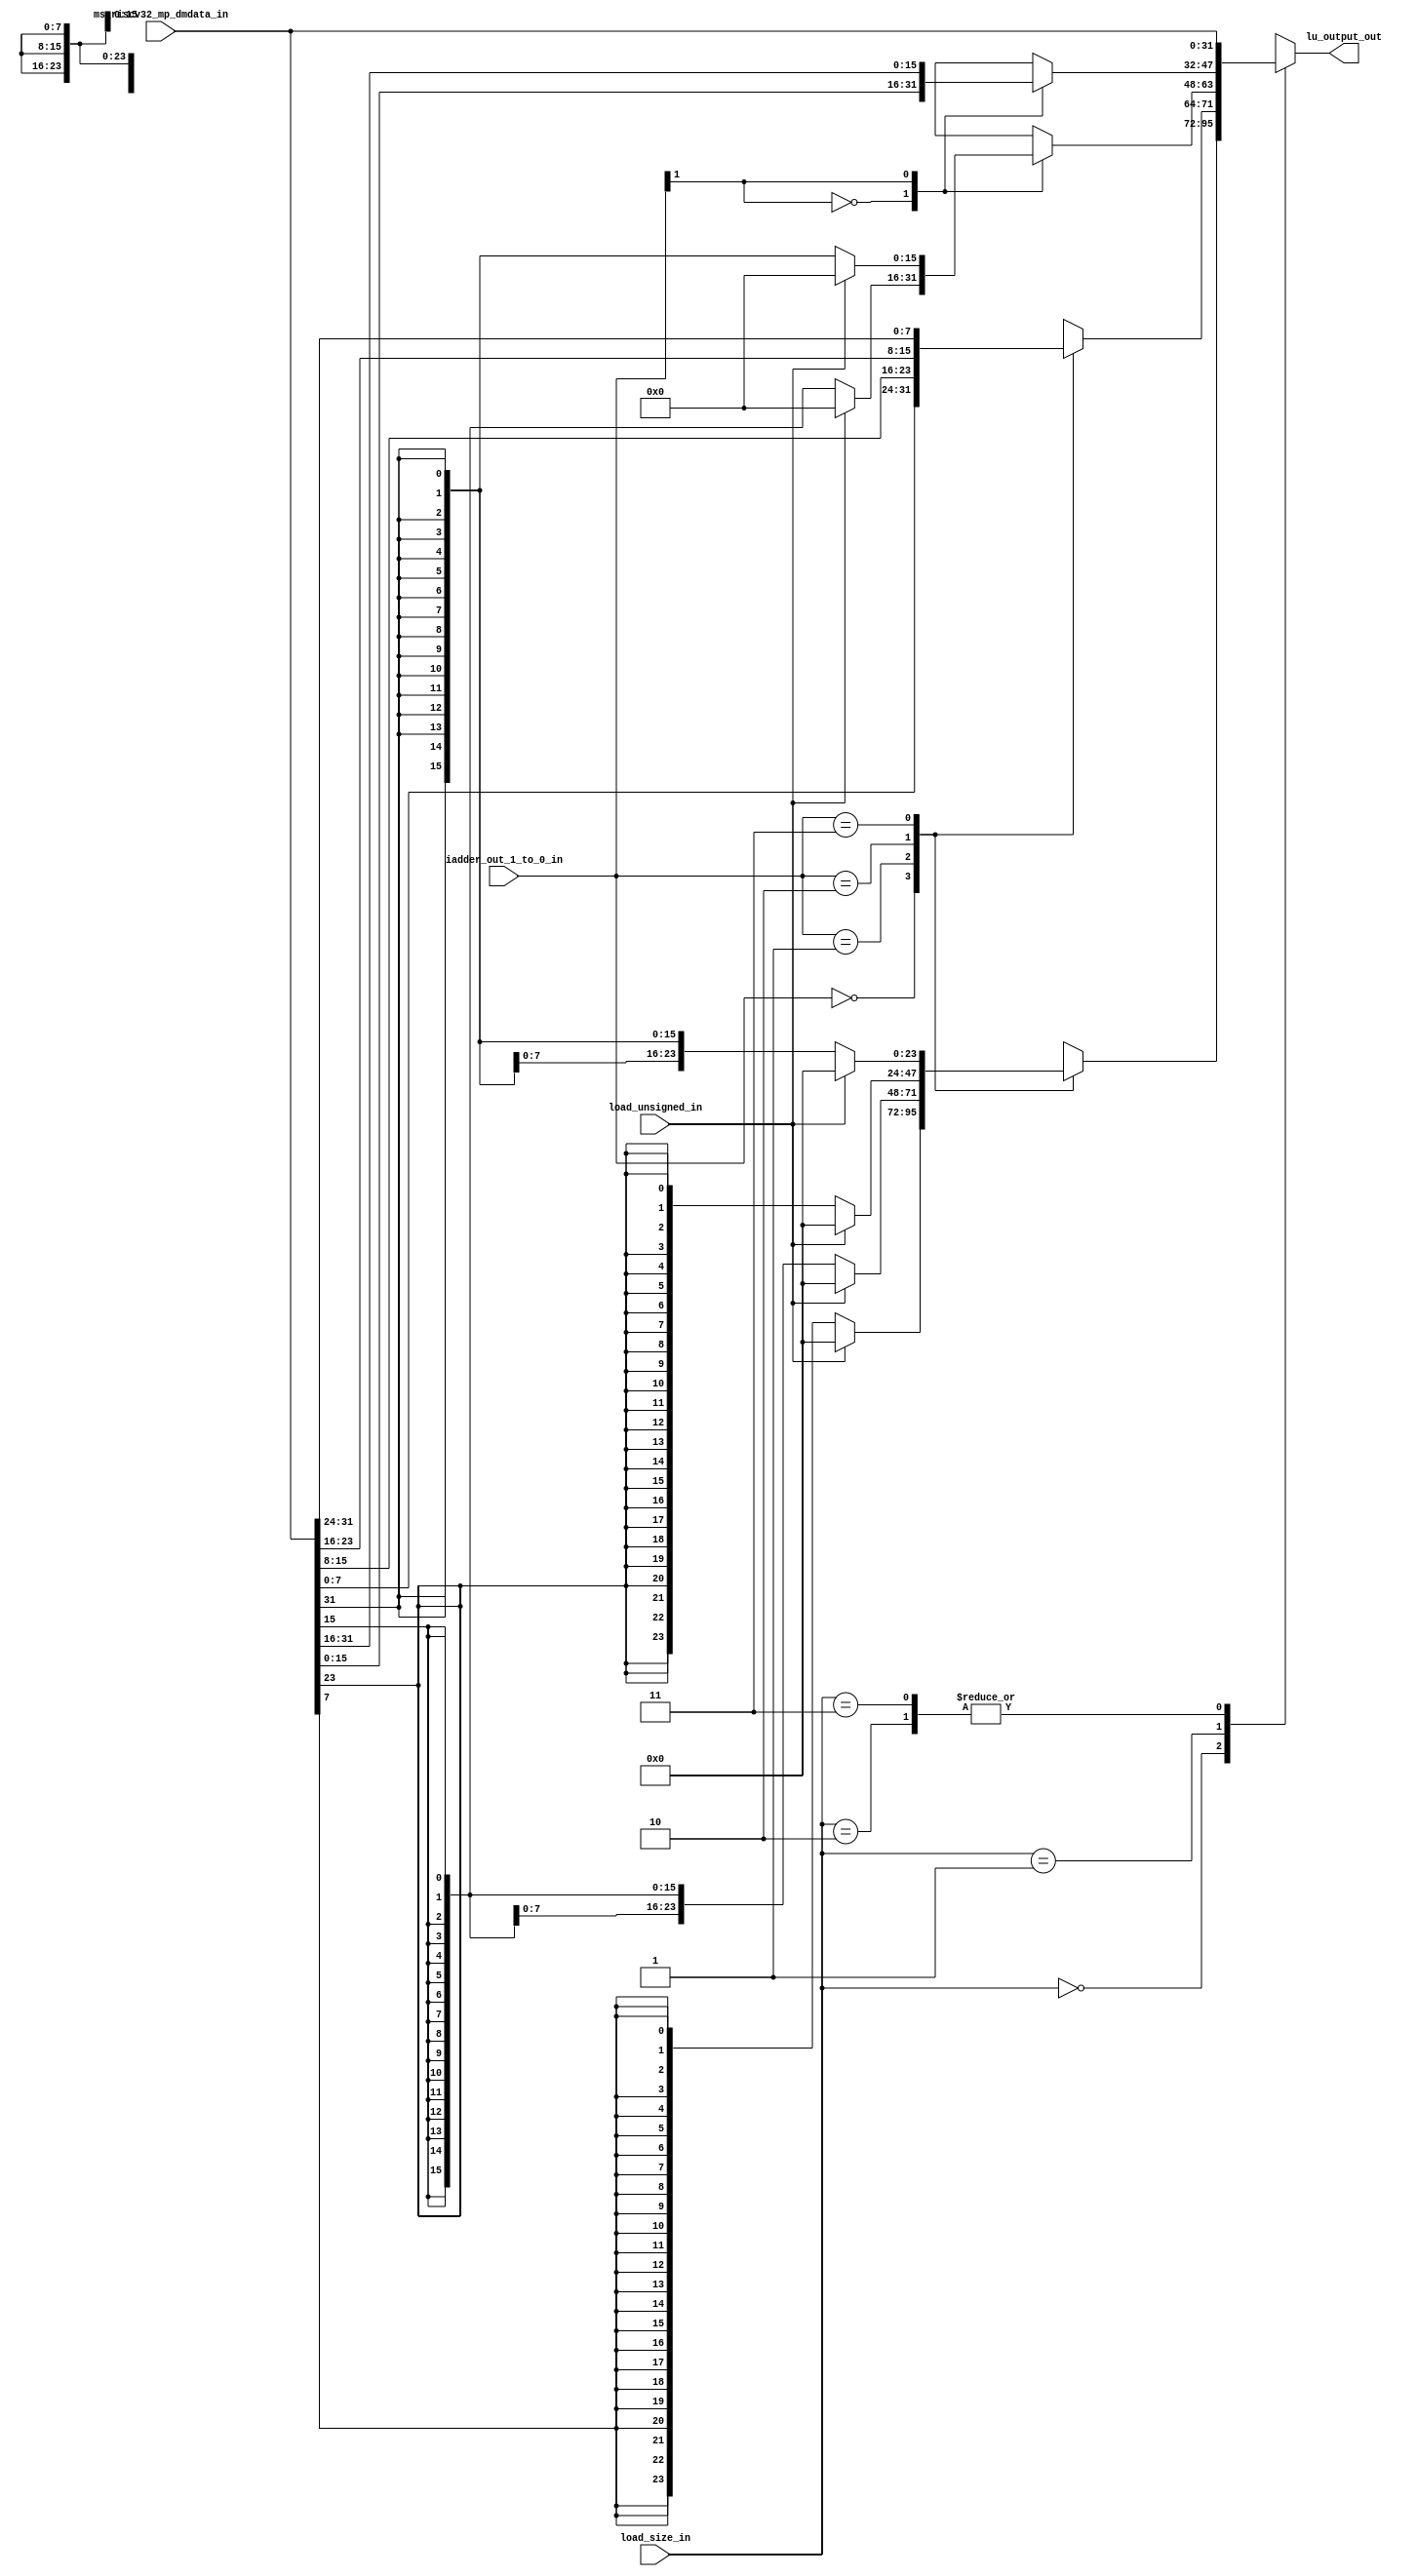
module msrv32_load_unit (ms_riscv32_mp_dmdata_in , iadder_out_1_to_0_in , load_unsigned_in , load_size_in , lu_output_out);
input [1:0] iadder_out_1_to_0_in , load_size_in ;
input load_unsigned_in;
input [31:0] ms_riscv32_mp_dmdata_in;
output reg [31:0] lu_output_out;

always @ (*)
begin
case(load_size_in)
2'b00:
begin
case(iadder_out_1_to_0_in)
2'b00:
begin
lu_output_out[7:0] = ms_riscv32_mp_dmdata_in[7:0];
if(load_unsigned_in == 1'b1)
lu_output_out[31:8] = 24'b0;
else
lu_output_out[31:8] = {{24{ms_riscv32_mp_dmdata_in[7]}}};
end
2'b01:
begin
lu_output_out[7:0] = ms_riscv32_mp_dmdata_in[15:8];
if(load_unsigned_in == 1'b1)
lu_output_out[31:8] = 24'b0;
else
lu_output_out[31:8] = {{24{ms_riscv32_mp_dmdata_in[15]}}};
end
2'b10:
begin
lu_output_out[7:0] = ms_riscv32_mp_dmdata_in[23:16];
if(load_unsigned_in == 1'b1)
lu_output_out[31:8] = 24'b0;
else
lu_output_out[31:8] = {{24{ms_riscv32_mp_dmdata_in[23]}}};
end
2'b11:
begin
lu_output_out[7:0] = ms_riscv32_mp_dmdata_in[31:24];
if(load_unsigned_in == 1'b1)
lu_output_out[31:8] = 24'b0;
else
lu_output_out[31:8] = {{24{ms_riscv32_mp_dmdata_in[31]}}};
end
endcase
end
2'b01:
begin
case(iadder_out_1_to_0_in[1])
1'b0:
begin
lu_output_out[15:0] = ms_riscv32_mp_dmdata_in[15:0];
if(load_unsigned_in == 1'b1)
lu_output_out[31:16] = 16'b0;
else
lu_output_out[31:16] = {{24{ms_riscv32_mp_dmdata_in[15]}}};
end
1'b1:
begin
lu_output_out[15:0] = ms_riscv32_mp_dmdata_in[31:16];
if(load_unsigned_in == 1'b1)
lu_output_out[31:16] = 16'b0;
else
lu_output_out[31:16] = {{24{ms_riscv32_mp_dmdata_in[31]}}};
end
endcase
end
2'b10:
lu_output_out = ms_riscv32_mp_dmdata_in;
2'b11:
lu_output_out = ms_riscv32_mp_dmdata_in;
endcase
end

endmodule